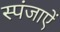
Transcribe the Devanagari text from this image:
स्पंजाऐं